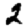
Digit: 2